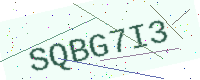
Text: SQBG7I3